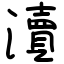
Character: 瀆